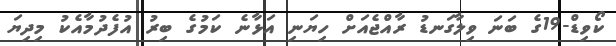
ކޯވިޑް-19ގެ ބަނަ ވިލާގަނޑު ރާއްޖެއަށް ހިޔަނި އަޅާނެ ކަމުގެ ބިރު އުފެދުމާއެކު މިދިޔަ